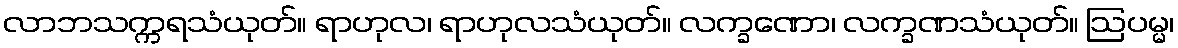
လာဘသက္ကရသံယုတ်။ ရာဟုလ၊ ရာဟုလသံယုတ်။ လက္ခဏော၊ လက္ခဏသံယုတ်။ ဩပမ္မ၊